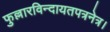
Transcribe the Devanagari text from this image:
फुल्लारविन्दायतपत्रनेत्र।